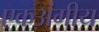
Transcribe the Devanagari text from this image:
एकअंगीय